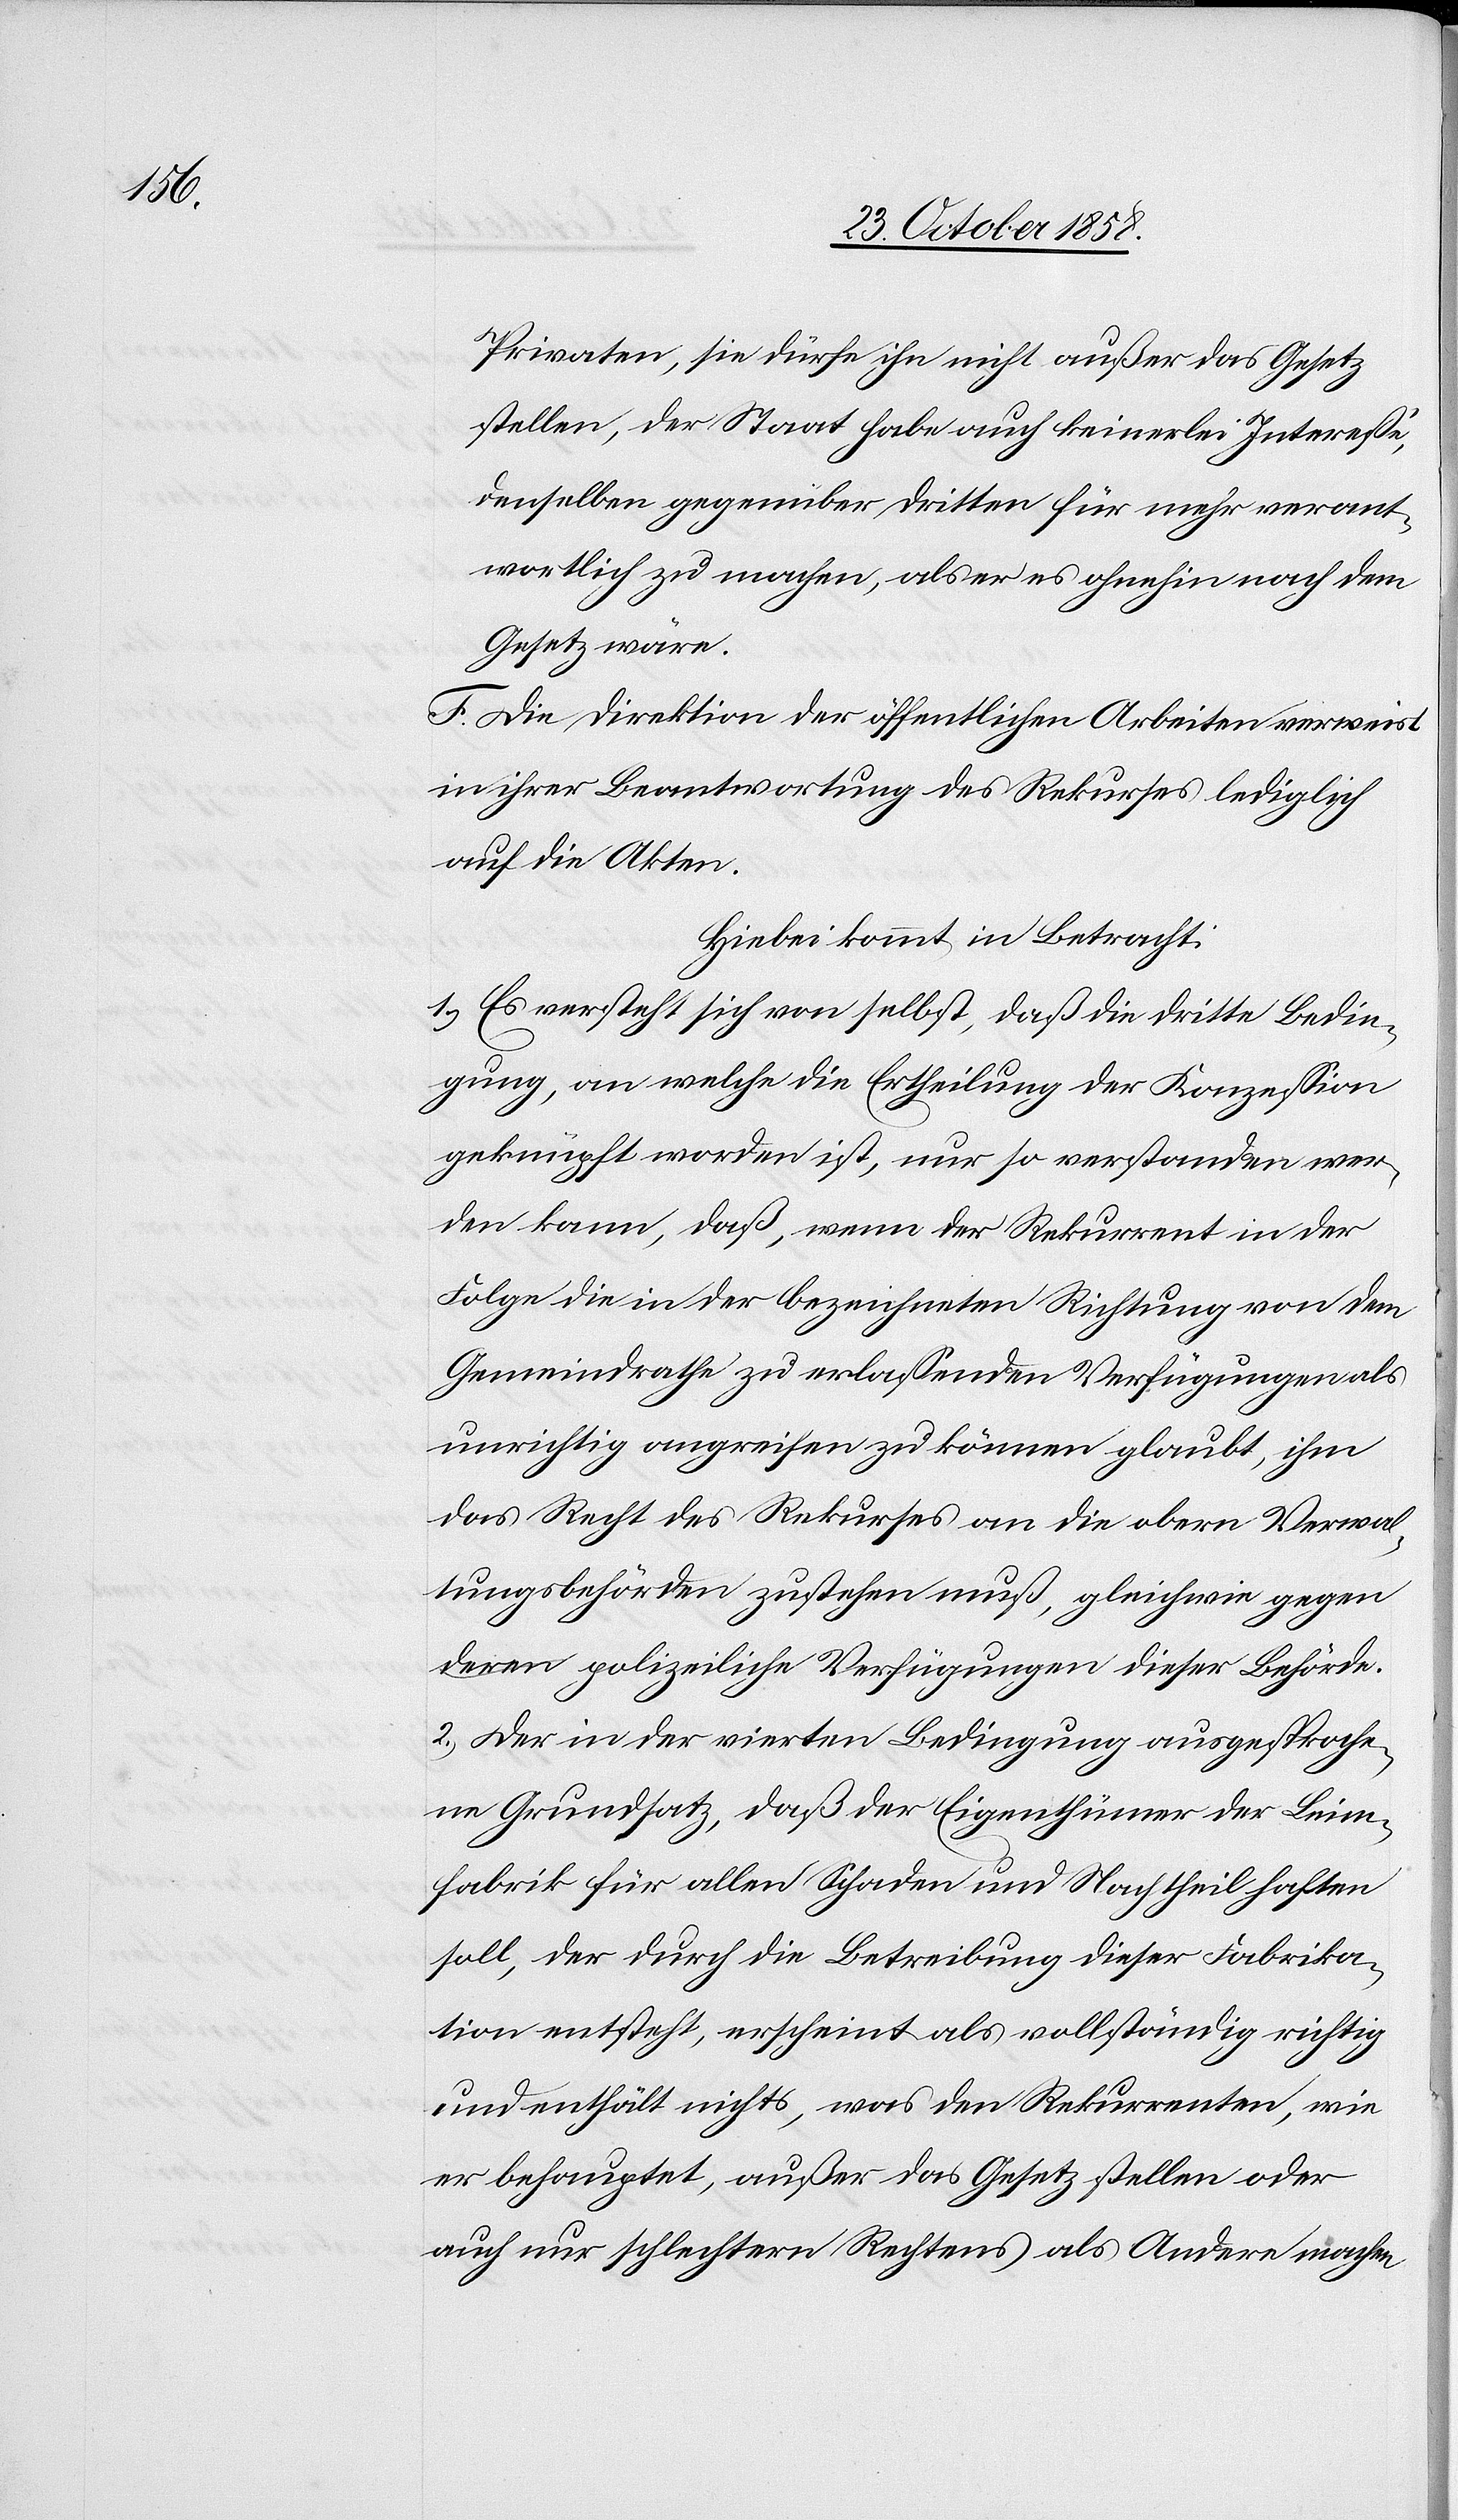
Privaten, sie dürfe ihn nicht außer das Gesetz
stellen, der Staat habe auch keinerlei Interesse,
denselben gegenüber Dritten für mehr verant¬
wortlich zu machen, als er es ohnehin nach dem
Gesetz wäre.
F. Die Direktion der öffentlichen Arbeiten verweist
in ihrer Beantwortung des Rekurses lediglich
auf die Akten.
Hiebei kommt in Betracht:
1.) Es versteht sich von selbst, daß die dritte Bedin¬
gung, an welche die Ertheilung der Konzession
geknüpft worden ist, nur so verstanden wer¬
den kann, daß, wenn der Rekurrent in der
Folge die in der bezeichneten Richtung von dem
Gemeindrathe zu erlassenden Verfügungen als
unrichtig angreifen zu können glaubt, ihm
das Recht des Rekurses an die obern Verwal¬
tungsbehörden zustehen muß, gleichwie gegen
a-deren-a polizeiliche Verfügungen dieser Behörde.
2.) Der in der vierten Bedingung ausgesproche¬
ne Grundsatz, daß der Eigenthümer der Leim¬
fabrik für allen Schaden und Nachtheil haften
soll, der durch die Betreibung dieser Fabrika¬
tion entsteht, erscheint als vollständig richtig
und enthält nichts, was den Rekurrenten, wie
er behauptet, außer das Gesetz stellen oder
auch nur schlechtern Rechtens als Andere machen